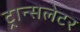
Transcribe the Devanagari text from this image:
ट्रान्सलेटर